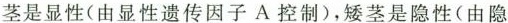
茎是显性(由显性遗传因子A控制)，矮茎是隐性(由隐